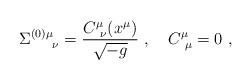
LaTeX: \begin{align*}\Sigma^{(0)\mu}_{\quad \ \nu} = {C^\mu_{\ \nu} (x^\mu) \over \sqrt{-g} } \ , \quad C^\mu_{\ \mu} =0 \ ,\end{align*}